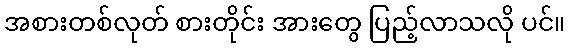
အစားတစ်လုတ် စားတိုင်း အားတွေ ပြည့်လာသလို ပင်။